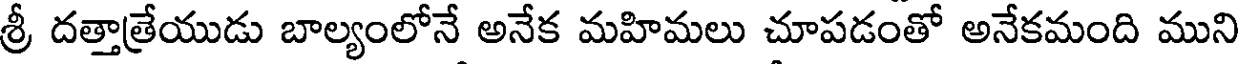
శ్రీ దత్తాత్రేయుడు బాల్యంలోనే అనేక మహిమలు చూపడంతో అనేకమంది ముని